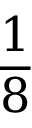
\frac 1 8